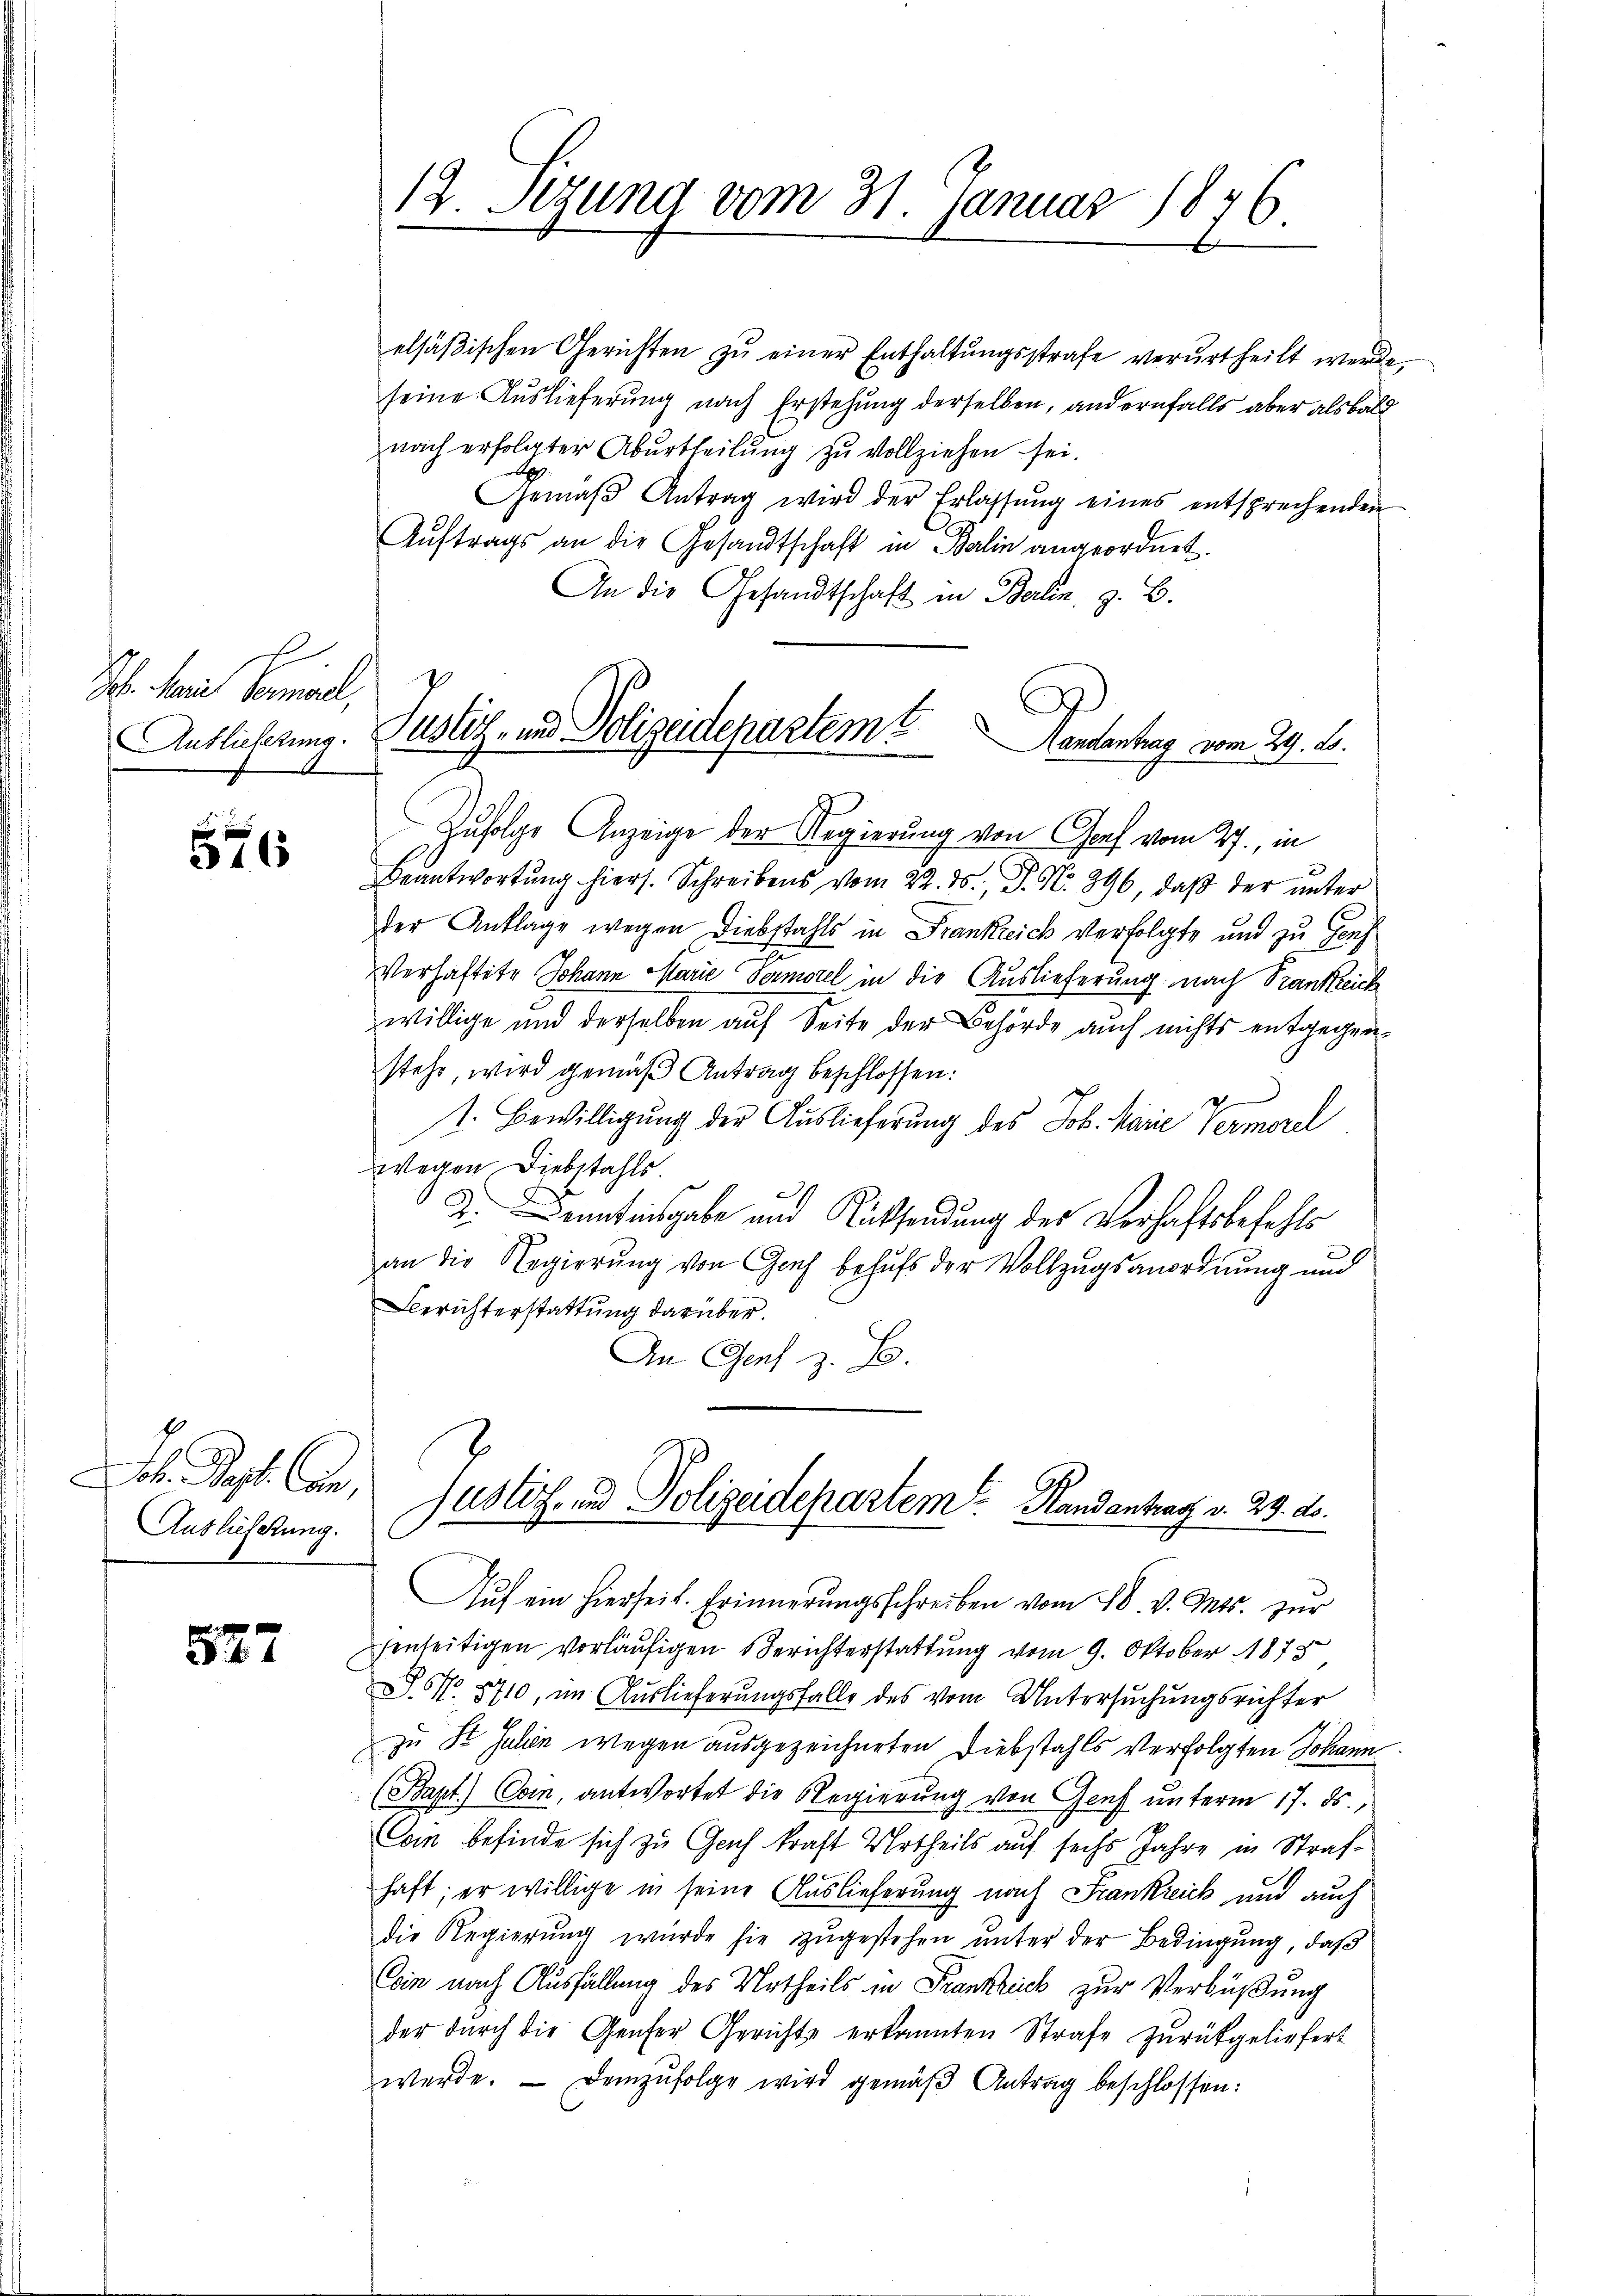
Sch. Mein Vorarl,
Auslieferung.

57

l. Sept. Can
Auslieferung.

527

elsäβischen Gerichten zŭ einer Enthaltŭngsstrafe verurtheilt werde,
seine Auslieferung nach Erstehung derselben, andernfalls aber alsbald
nach erfolgter Aburtheilung zu vollziehen sei.
Gemäβ Antrag wird der Erlassŭng eines entsprechenden
Aŭftrags an die Gesandtschaft in Balin angeordnet.
An die Gesandtschaft in Berlin, z. B.
.

12. Sizung vom 31. Januar 1876.

Justiz- und Polizeidepartem
Randantrag vom 24. ds.
d

Zufolge Anzeige der Regierung von Genf vom 27., in
Beantwortŭng hiers. Schreibens vom 22. ds., S. N. 396, daß der unter
der Anklage wegen Diebstahls in Frankreich verfolgte und zu Genf
Verhaftete Johann Marie Vermorel in die Auslieferung nach Trankreich
willige und derselben auf Seite der Behörde auch nichts entgegenstehe, wird gemäß Antrag beschlossen:
1. Bewilligung der Auslieferung des Joh. Marie Vermorel
wegen Diebstahls
I. Denntnisgabe und Rücksendung des Verhaftsbefehls
.
an die Regierung von Graf behufs der Vollzugsanordnung und
Berichterstattung darüber.
An Genf z. B.
Justiz- und Polizeidepartem Mandantrag v. 29. ds.
Aŭf ein hierheit. Erinnerungsschreiben vom 18. v. Mts. zur
senseitigen vorläufigen Berichterstattung vom 9. Oktober 1878
J. NNo. 5710, im Auslieferungsfalle des vom Untersuchungsrichter
zu St. Julen wegen ausgezeichneten Diebstahls verfolgten Johann
(Bapt.) Com, antwortet die Regierung von Genf unterm 17. ds.,
Con befinde sich zu Gach kraft Urtheils auf sechs Jahre in Strafhaft; er willige in seine Auslieferung nach Frankreich und auch
die Regierŭng würde sie zŭgestehen ŭnter der Bedingung, daß
Coin nach Ausfällung des Urtheils in Frankrick zur Verbüßung
der durch die Gener Gerichte erkannten Strafe zurückgeliefert
werde. Demzufolge wird gemäβ Antrag beschlossen:
e